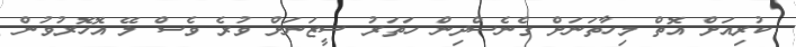
ކުރިއަށް އޮތް މިހާތަނަށް ގެނެސްދިން ހަތަރު ސީޒަނަށް ވުރެ ވެސް ލޭ އޮހޮރުވުން